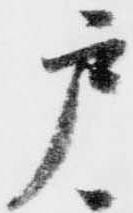
戸